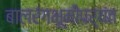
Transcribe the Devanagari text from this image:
बालरंगभूमीपर्यंत